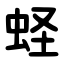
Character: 蛏